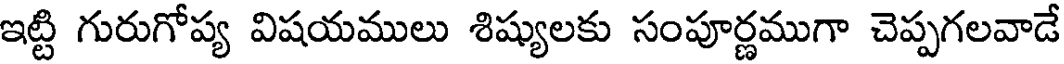
ఇట్టి గురుగోప్య విషయములు శిష్యులకు సంపూర్ణముగా చెప్పగలవాడే